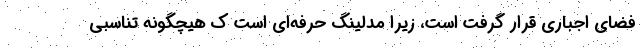
فضای اجباری قرار گرفت است، زیرا مدلینگ حرفه‌ای است ک هیچگونه تناسبی